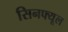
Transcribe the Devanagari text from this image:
सिनफ्यूल